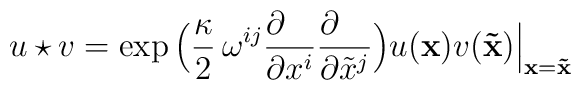
u \star v = \exp\Big({\kappa\over 2} \, \omega^{ij} {\partial\phantom{x^i}\over\partial x^i}{\partial\phantom{x^j}\over\partial{\tilde x}^j}\Big) u({\bf x}) v({\bf{\tilde x}})\Big\vert_{{\bf x}={\bf{\tilde x}}}